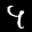
Label: 4